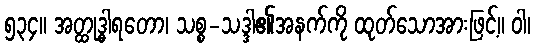
၅၃၄။ အတ္ထုဒ္ဓါရတော၊ သစ္စ-သဒ္ဒါ၏အနက်ကို ထုတ်သောအားဖြင့်။ ဝါ၊